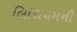
લિથિયમની